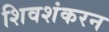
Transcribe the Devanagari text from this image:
शिवशंकरन